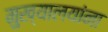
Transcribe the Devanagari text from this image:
मुख्यालयांना